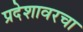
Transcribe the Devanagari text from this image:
प्रदेशावरचा